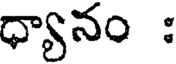
ధ్యానం :